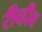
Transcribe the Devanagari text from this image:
रीव्हीव